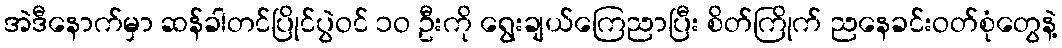
အဲဒီနောက်မှာ ဆန်ခါတင်ပြိုင်ပွဲဝင် ၁ဝ ဦးကို ရွေးချယ်ကြေညာပြီး စိတ်ကြိုက် ညနေခင်းဝတ်စုံတွေနဲ့